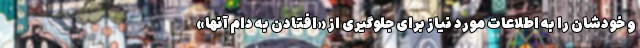
و خودشان را به اطلاعات مورد نیاز برای جلوگیری از «افتادن به دام آنها»